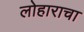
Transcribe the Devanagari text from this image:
लोहाराचा